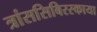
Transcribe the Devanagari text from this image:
त्रांससिबिरस्काया